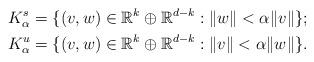
LaTeX: \begin{align*}K_{\alpha}^{s}& =\{(v,w)\in \mathbb{R}^{k}\oplus \mathbb{R}^{d-k}: \Vert w\Vert< \alpha \Vert v \Vert\};\\K_{\alpha}^{u} &=\{(v,w)\in \mathbb{R}^{k}\oplus \mathbb{R}^{d-k}: \Vert v\Vert< \alpha \Vert w\Vert\}.\end{align*}